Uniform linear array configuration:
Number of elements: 24
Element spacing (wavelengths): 0.75
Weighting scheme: kaiser
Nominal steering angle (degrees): -15
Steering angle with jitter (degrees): -16.739
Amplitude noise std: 0.05
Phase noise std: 0.05

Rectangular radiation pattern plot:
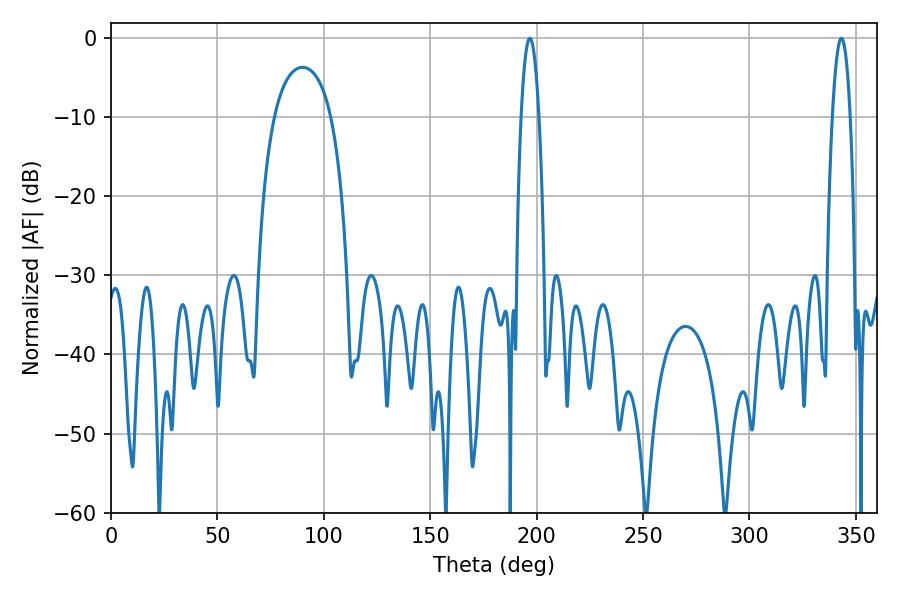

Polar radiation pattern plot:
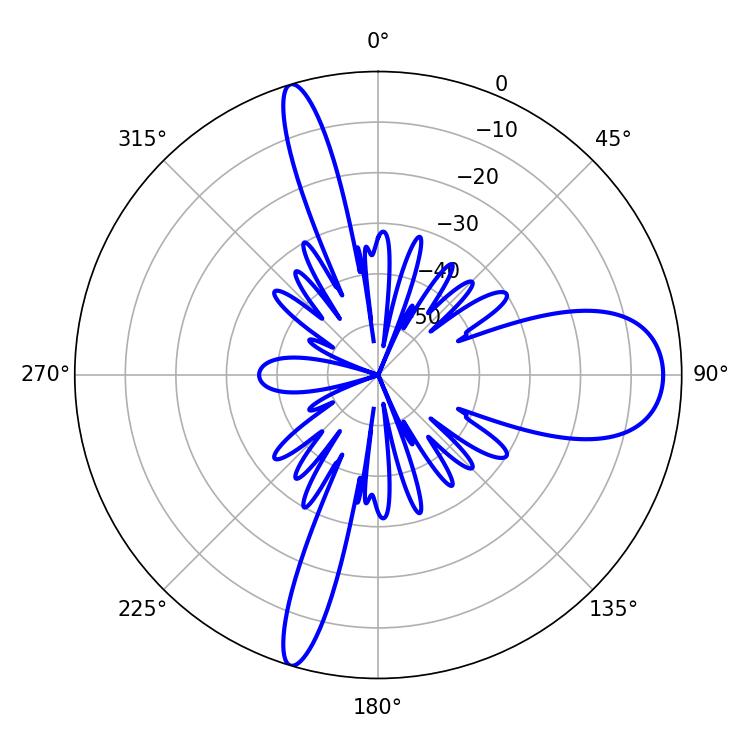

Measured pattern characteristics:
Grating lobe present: TRUE
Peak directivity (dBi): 13.188
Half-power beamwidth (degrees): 4.5
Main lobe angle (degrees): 196.74